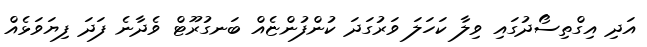
އަދި އިގްތިސޯދުގައި ވިލާ ކަހަލަ ވަރުގަދަ ކުންފުންޏެއް ބަނގުރޫޓް ވެދާނެ ފަދަ ފިޔަވަޅެއް